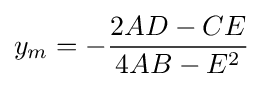
y_{m}=-{\frac {2AD-CE}{4AB-E^{2}}}